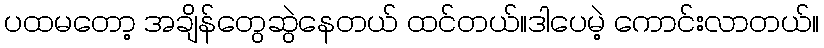
ပထမတော့ အချိန်တွေဆွဲနေတယ် ထင်တယ်။ဒါပေမဲ့ ကောင်းလာတယ်။